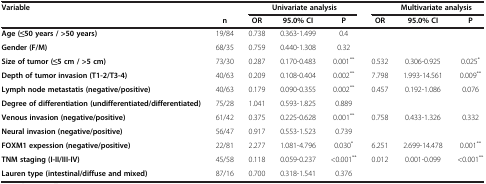
<table><thead><tr><td rowspan="2"><b>Variable</b></td><td><b> </b></td><td colspan="3"><b>Univariate analysis</b></td><td colspan="3"><b>Multivariate analysis</b></td></tr><tr><td><b>n</b></td><td><b>OR</b></td><td><b>95.0% CI</b></td><td><b>P</b></td><td><b>OR</b></td><td><b>95.0% CI</b></td><td><b>P</b></td></tr></thead><tbody><tr><td><b>Age (≤50 years / &gt;50 years)</b></td><td>19/84</td><td>0.738</td><td>0.363-1.499</td><td>0.4</td><td> </td><td> </td><td> </td></tr><tr><td><b>Gender (F/M)</b></td><td>68/35</td><td>0.759</td><td>0.440-1.308</td><td>0.32</td><td> </td><td> </td><td> </td></tr><tr><td><b>Size of tumor (≤5 cm / &gt;5 cm)</b></td><td>73/30</td><td>0.287</td><td>0.170-0.483</td><td>0.001<sup>**</sup></td><td>0.532</td><td>0.306-0.925</td><td>0.025<sup>*</sup></td></tr><tr><td><b>Depth of tumor invasion (T1-2/T3-4)</b></td><td>40/63</td><td>0.209</td><td>0.108-0.404</td><td>0.002<sup>**</sup></td><td>7.798</td><td>1.993-14.561</td><td>0.009<sup>**</sup></td></tr><tr><td><b>Lymph node metastatis (negative/positive)</b></td><td>40/63</td><td>0.179</td><td>0.090-0.355</td><td>0.002<sup>**</sup></td><td>0.457</td><td>0.192-1.086</td><td>0.076</td></tr><tr><td><b>Degree of differentiation (undifferentiated/differentiated)</b></td><td>75/28</td><td>1.041</td><td>0.593-1.825</td><td>0.889</td><td> </td><td> </td><td> </td></tr><tr><td><b>Venous invasion (negative/positive)</b></td><td>61/42</td><td>0.375</td><td>0.225-0.628</td><td>0.001<sup>**</sup></td><td>0.758</td><td>0.433-1.326</td><td>0.332</td></tr><tr><td><b>Neural invasion (negative/positive)</b></td><td>56/47</td><td>0.917</td><td>0.553-1.523</td><td>0.739</td><td> </td><td> </td><td> </td></tr><tr><td><b>FOXM1 expession (negative/positive)</b></td><td>22/81</td><td>2.277</td><td>1.081-4.796</td><td>0.030<sup>*</sup></td><td>6.251</td><td>2.699-14.478</td><td>0.001<sup>**</sup></td></tr><tr><td><b>TNM staging (I-II/III-IV)</b></td><td>45/58</td><td>0.118</td><td>0.059-0.237</td><td>&lt;0.001<sup>**</sup></td><td>0.012</td><td>0.001-0.099</td><td>&lt;0.001<sup>**</sup></td></tr><tr><td><b>Lauren type (intestinal/diffuse and mixed)</b></td><td>87/16</td><td>0.700</td><td>0.318-1.541</td><td>0.376</td><td> </td><td> </td><td> </td></tr></tbody></table>